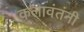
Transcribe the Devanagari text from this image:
कलावंतंनी